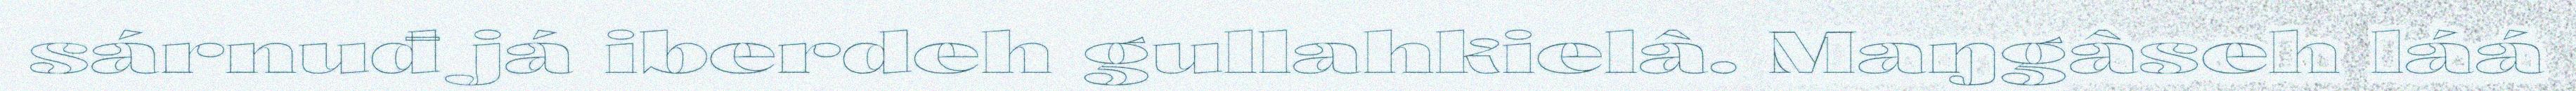
sárnuđ já iberdeh gullahkielâ. Maŋgâseh láá